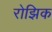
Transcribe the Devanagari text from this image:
रोझिक